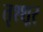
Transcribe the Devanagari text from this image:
तृश्शूर्